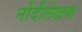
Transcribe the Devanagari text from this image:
नोंदीलेखक